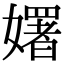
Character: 𡣈